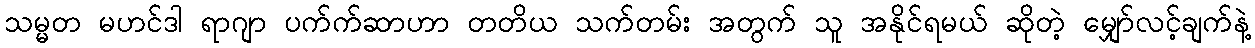
သမ္မတ မဟင်ဒါ ရာဂျာ ပက်က်ဆာဟာ တတိယ သက်တမ်း အတွက် သူ အနိုင်ရမယ် ဆိုတဲ့ မျှော်လင့်ချက်နဲ့